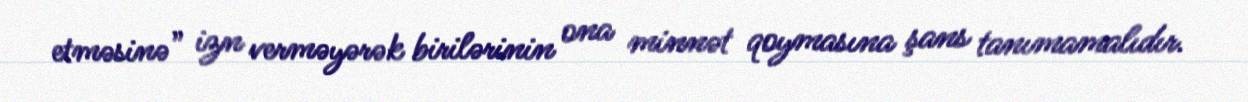
etməsinə” izn verməyərək birilərinin ona minnət qoymasına şans tanımamalıdır.